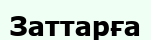
Заттарға